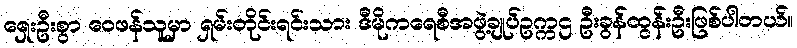
ရှေးဦးစွာ ဝေဖန်သူမှာ ရှမ်းတိုင်းရင်းသား ဒီမိုကရေစီအဖွဲ့ချုပ်ဥက္ကဌ ဦးခွန်ထွန်းဦးဖြစ်ပါတယ်။